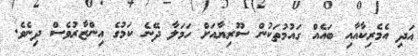
އަދި އެމެރިކާއާއި ބައެއް ގައުމުތަކުން ސޫރިޔާއަށް ހަމަލާ ދޭނެ ކަމުގެ އިންޒާރުވެސް ދިނެވެ.